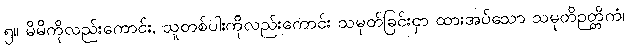
၅။ မိမိကိုလည်းကောင်း, သူတစ်ပါးကိုလည်းကောင်း သမုတ်ခြင်းငှာ ထားအပ်သော သမုတိဉတ္တိကံ၊